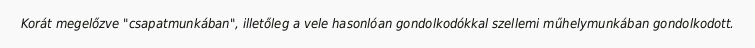
Korát megelőzve "csapatmunkában", illetőleg a vele hasonlóan gondolkodókkal szellemi műhelymunkában gondolkodott.